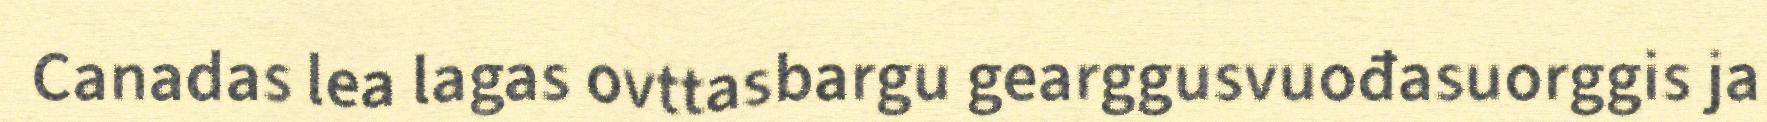
Canadas lea lagas ovttasbargu gearggusvuođasuorggis ja